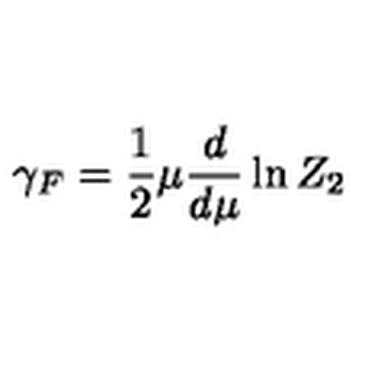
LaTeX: \gamma _ { F } = \frac 1 2 \mu \frac d { d \mu } \ln Z _ { 2 }